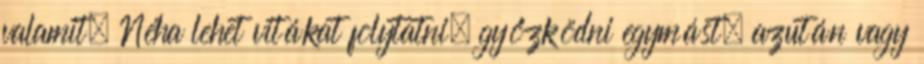
valamit. Néha lehet vitákat folytatni, győzködni egymást, azután vagy